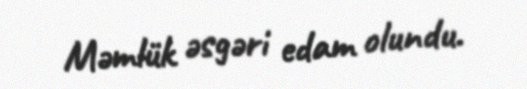
Məmlük əsgəri edam olundu.